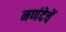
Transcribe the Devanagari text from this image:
नणंदेचें